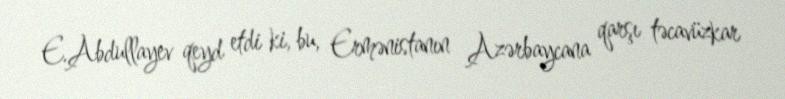
E.Abdullayev qeyd etdi ki, bu, Ermənistanın Azərbaycana qarşı təcavüzkar